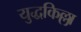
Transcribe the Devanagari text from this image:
युद्धकिल्ला